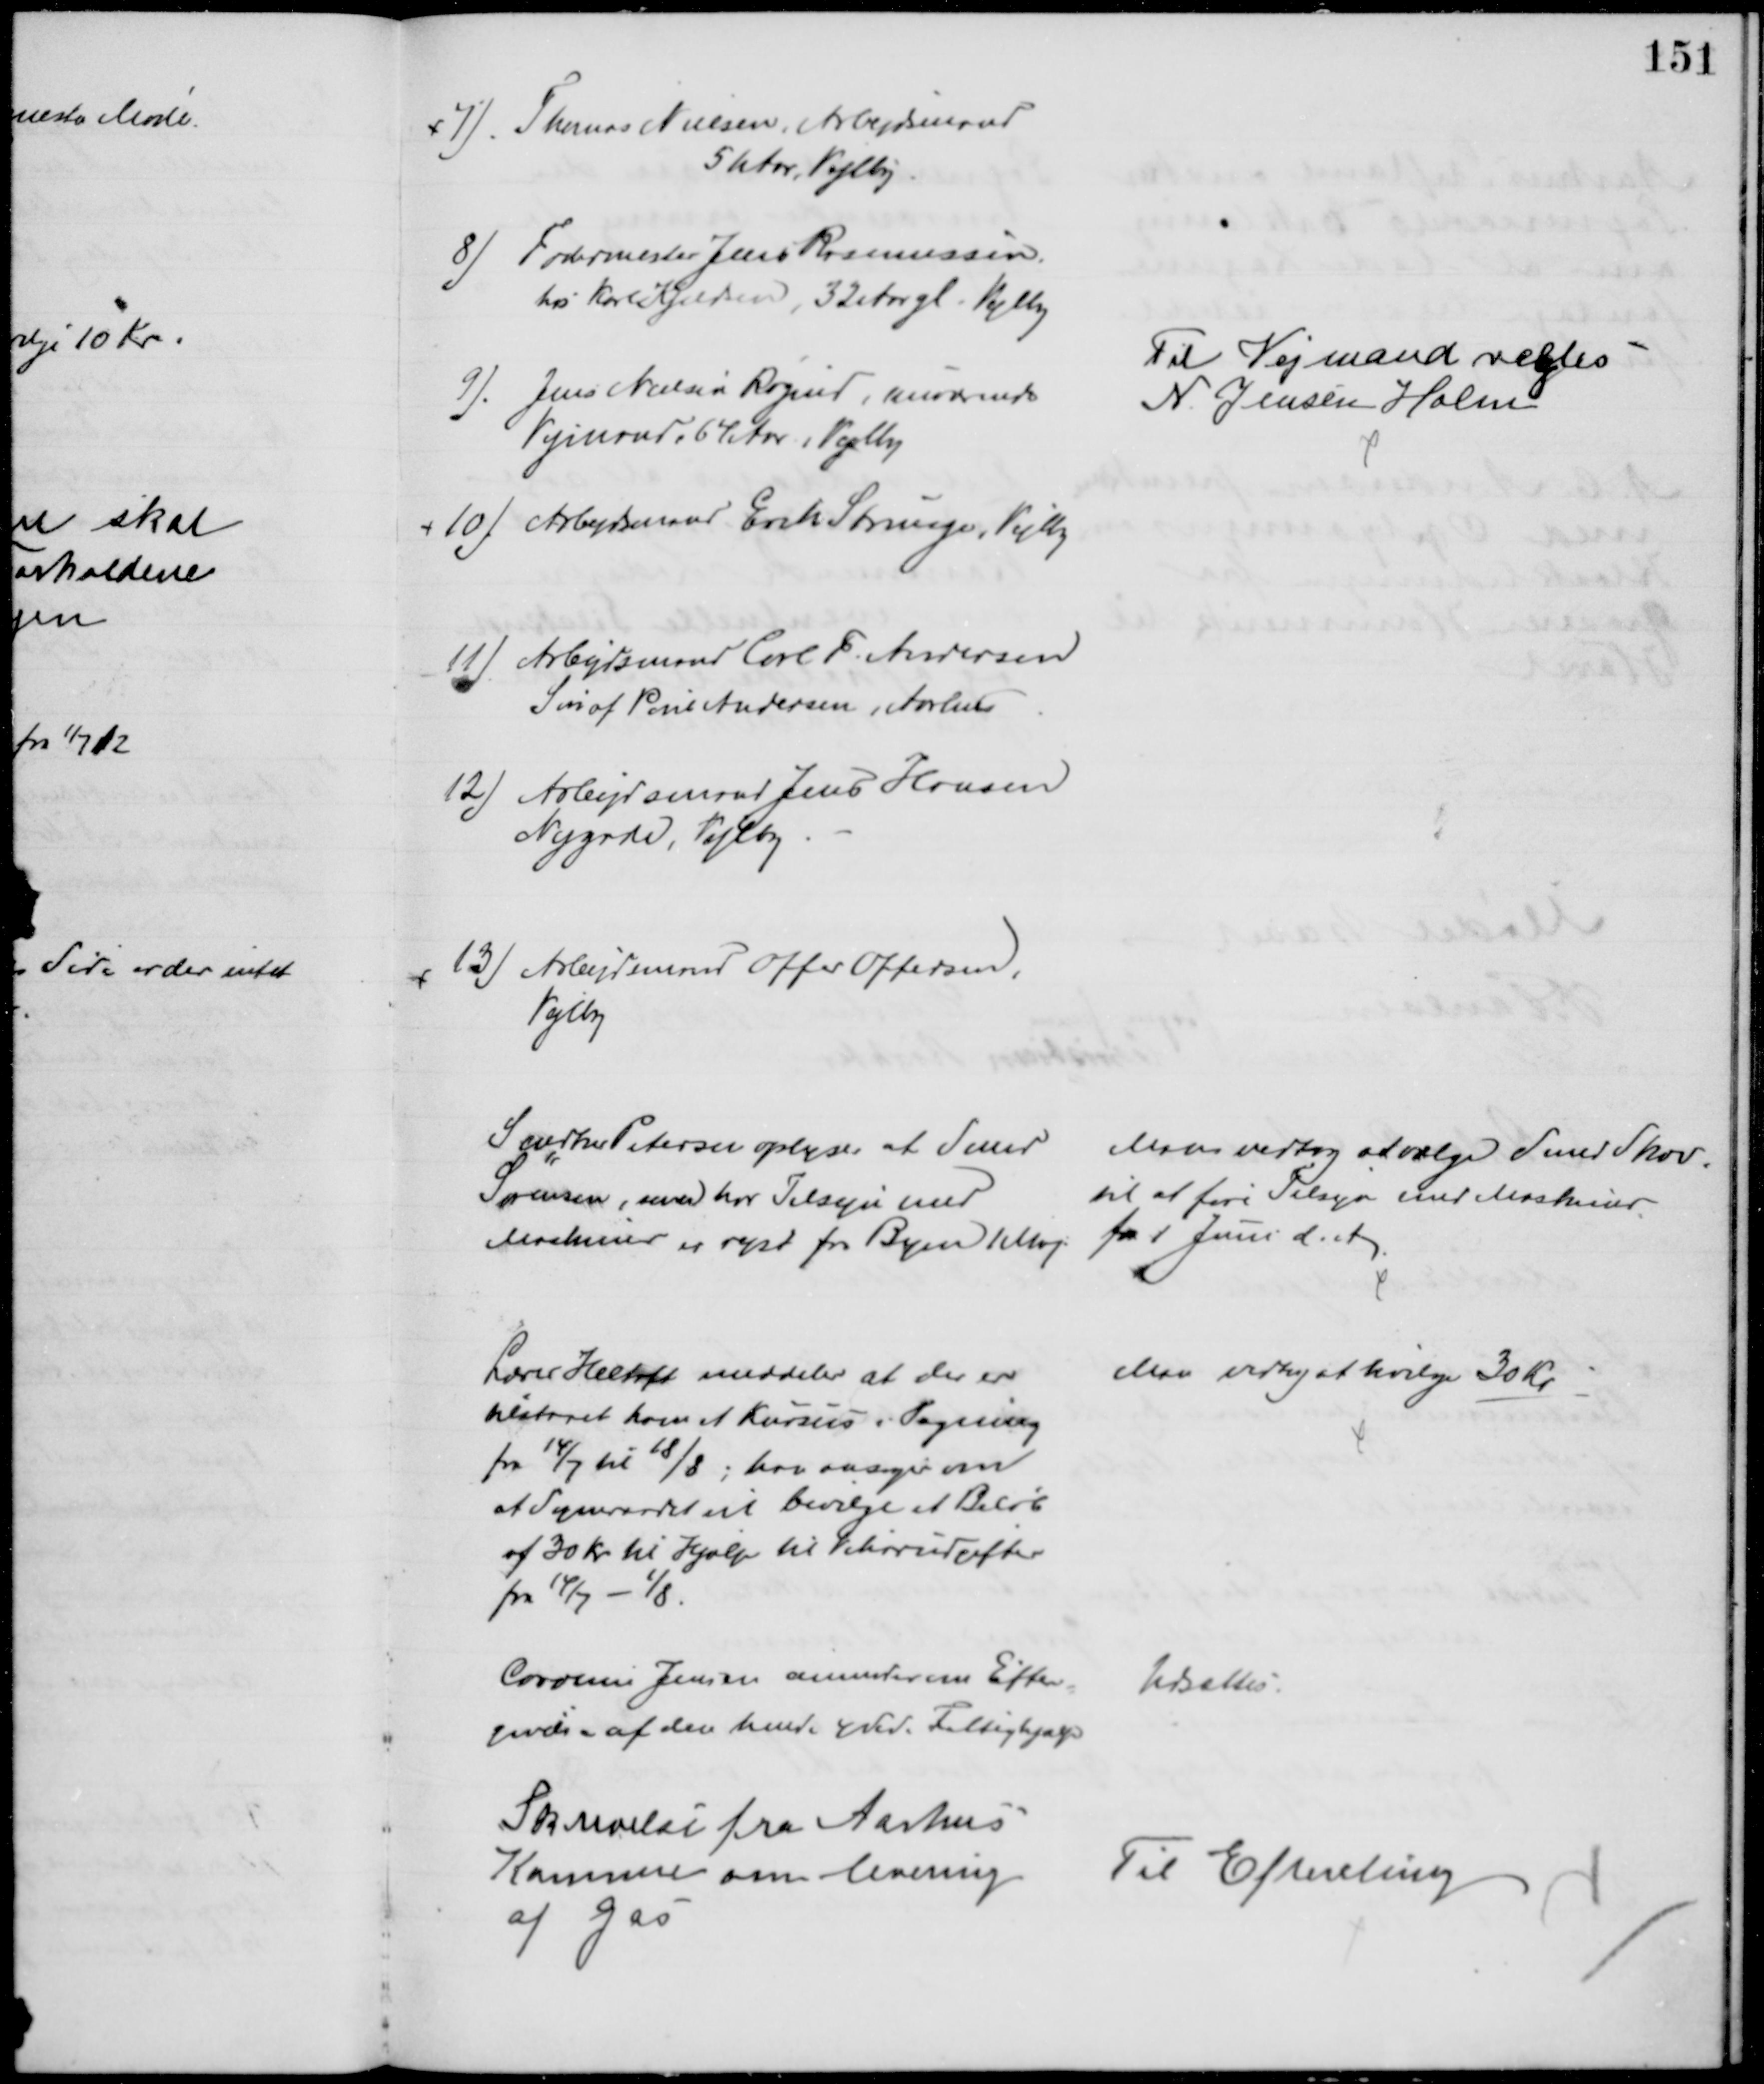
Transskription:
7). Thomas Nielsen, Arbejdsmand
51 Aar, Vejlby
8) Fodermester Jens Rasmussen,
hos Karl Kjeldsen, 32 Aar gl. Vejlby
9). Jens Nielsen Røgind, nuværende
Vejmand 64 Aar, Vejlby
10) Arbejdsmand Erik Strunge, Vejlby
11) Arbejdsmand Carl F. Andersen
Søn af Poul Andersen, Aarhus
12) Arbejdsmand Jens Hansen
Nygade, Vejlby
 13) Arbejdsmand Offer Offersen,
Vejlby
Til Vejmand valgtes
N. Jensen Holm
Snedker Petersen oplyser at Smed
Sørensen, som har Tilsyn med
Maskiner er rejst fra Byen 1 Maj:
Man vedtog at vælge Smed Skov
til at føre Tilsyn med Maskiner
fra 1 Juni d. A.
Lærer Heltoft meddeler at der er
tilstaaet som et Kursus i Tegning
fra 14/7 til 18/8; han ansøger om
at Sogneraadet vil bevilge et Beløb
af 30 Kr til Hjælp til Vikarudgifter
fra 14/7 - 1/8.
Man vedtog at bevilge 30 Kr
Caroline Jensen anmoder om Efter-
givelse af den hende ydede Fattighjælp
Udsattes
Skrivelse fra Aarhus
Kommune om levering
af Gas
Til Efterretning